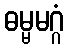
ဓမ္မမဂ္ဂံ